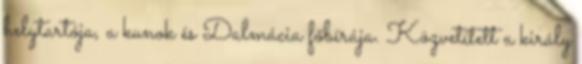
helytartója, a kunok és Dalmácia főbírája. Közvetített a király